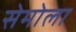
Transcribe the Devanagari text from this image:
सेमोला